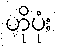
ဟိုပုံး